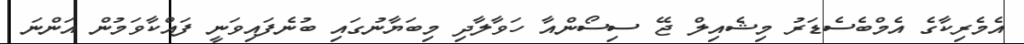
އެމެރިކާގެ އެމްބެސެޑަރު މިޝެއިލް ޖޭ ސިސޯންއާ ހަވާލާދި މިބަޔާނުގައި ބުނެފައިވަނީ ފައްކާވަމުން އަންނަ